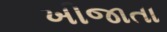
ખીજાતા